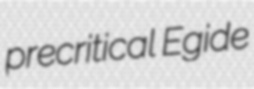
precritical Egide